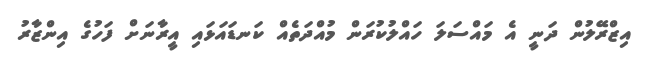
އިޒްރޭލުން ދަނީ އެ މައްސަލަ ހައްލުކުރަން މުއްދަތެއް ކަނޑައަޅައި އީރާނަށް ފަހުގެ އިންޒާރު